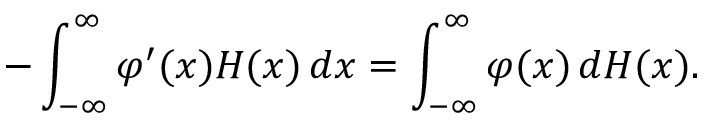
- \int _ { - \infty } ^ { \infty } \varphi ^ { \prime } ( x ) H ( x ) \, d x = \int _ { - \infty } ^ { \infty } \varphi ( x ) \, d H ( x ) .